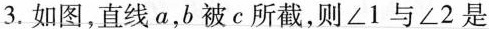
3.如图，直线a，b被c所截，则∠1与∠2是()